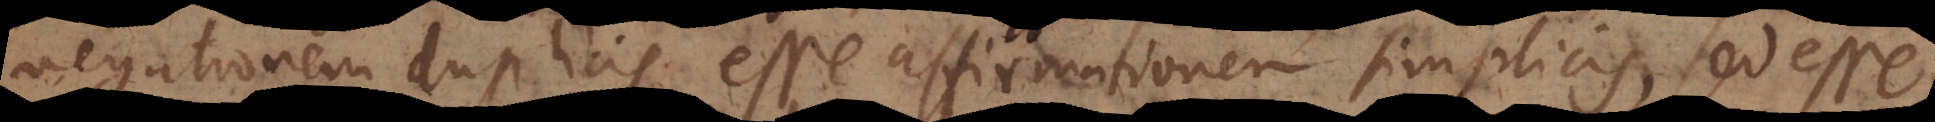
negationem duplicis esse affirmationem simplicis, sed esse